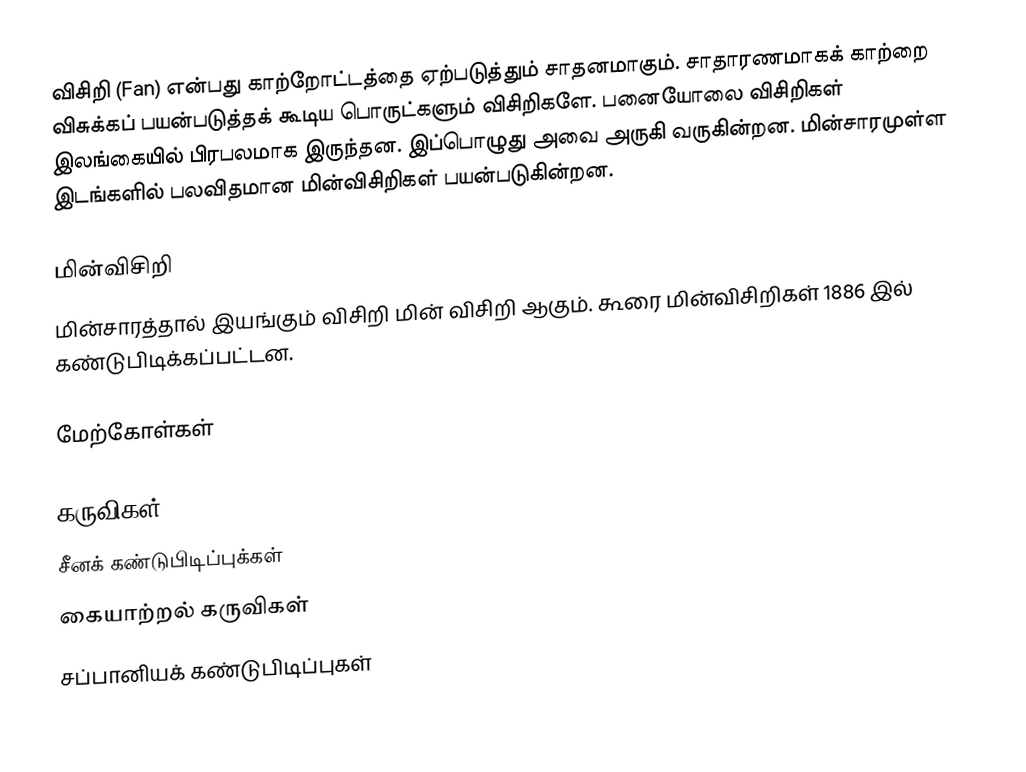
விசிறி (Fan) என்பது காற்றோட்டத்தை ஏற்படுத்தும் சாதனமாகும்.  சாதாரணமாகக் காற்றை விசுக்கப் பயன்படுத்தக் கூடிய பொருட்களும் விசிறிகளே. பனையோலை விசிறிகள் இலங்கையில் பிரபலமாக இருந்தன. இப்பொழுது அவை அருகி வருகின்றன. மின்சாரமுள்ள இடங்களில் பலவிதமான மின்விசிறிகள் பயன்படுகின்றன.

மின்விசிறி
மின்சாரத்தால் இயங்கும் விசிறி மின் விசிறி ஆகும். கூரை மின்விசிறிகள் 1886 இல் கண்டுபிடிக்கப்பட்டன.

மேற்கோள்கள்

கருவிகள்
சீனக் கண்டுபிடிப்புக்கள்
கையாற்றல் கருவிகள்
சப்பானியக் கண்டுபிடிப்புகள்